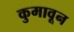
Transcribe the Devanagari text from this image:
कुमावून